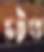
চটত